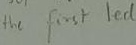
Text: the first Led